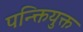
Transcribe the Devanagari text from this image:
पन्क्तियुक्त